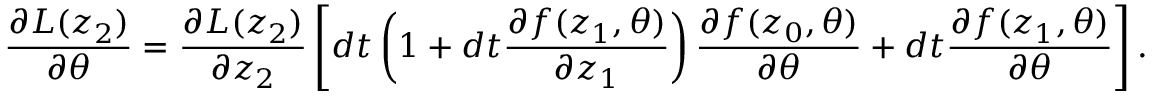
\frac { \partial L ( z _ { 2 } ) } { \partial \theta } = \frac { \partial L ( z _ { 2 } ) } { \partial z _ { 2 } } \left[ d t \left( 1 + d t \frac { \partial f ( z _ { 1 } , \theta ) } { \partial z _ { 1 } } \right) \frac { \partial f ( z _ { 0 } , \theta ) } { \partial \theta } + d t \frac { \partial f ( z _ { 1 } , \theta ) } { \partial \theta } \right] .